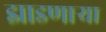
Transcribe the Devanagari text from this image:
झाडणाऱ्या